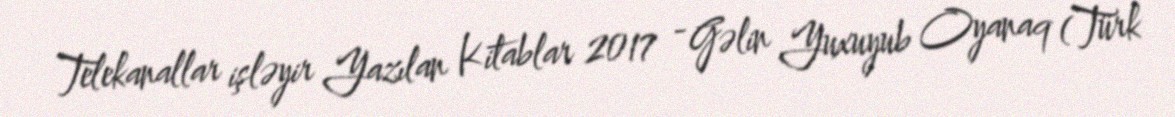
Telekanallar işləyir Yazılan Kitablar 2017 - Gəlin Yuxuyub Oyanaq (Türk